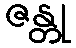
ဇန္တု